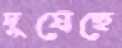
দুষেছে